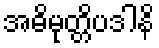
အဓိမုတ္တိပဒါနိ